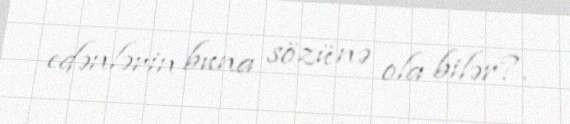
edənlərin buna sözü nə ola bilər?.